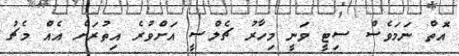
އޮތް ނަމަވެސް ސިޓީ ވަނީ މިހާރު ޗެލްސީ އަށްވުރެ އިތުރަށް އެއް މެޗު